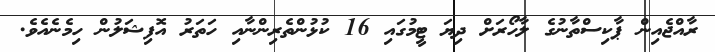
ރާއްޖެއިން ޕާކިސްތާނުގެ ލާހޯރަށް ދިޔަ ޓީމުގައި 16 ކުޅުންތެރިންނާއި ހަތަރު އޮފިޝަލުން ހިމެނެއެވެ.